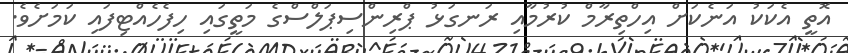
އޮތީ އެކަކު އަނެކަށް އިހްތިރާމް ކުރުމާއި ރަނގަޅު ޕްރިންސިޕަލްސްގެ މަތީގައި ހިފެހެއްޓިފައި ކަމަށެވެ.